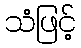
သံဖြင့်